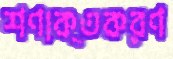
শণাক্তকরণ